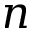
n